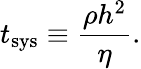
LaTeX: t_{\mathrm{sys}}\equiv\frac{\rho h^{2}}{\eta}.